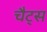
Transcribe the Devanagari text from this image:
चैट्स